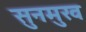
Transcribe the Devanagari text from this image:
सुनमुख